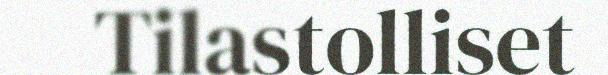
Tilastolliset